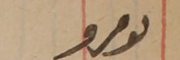
نمرو